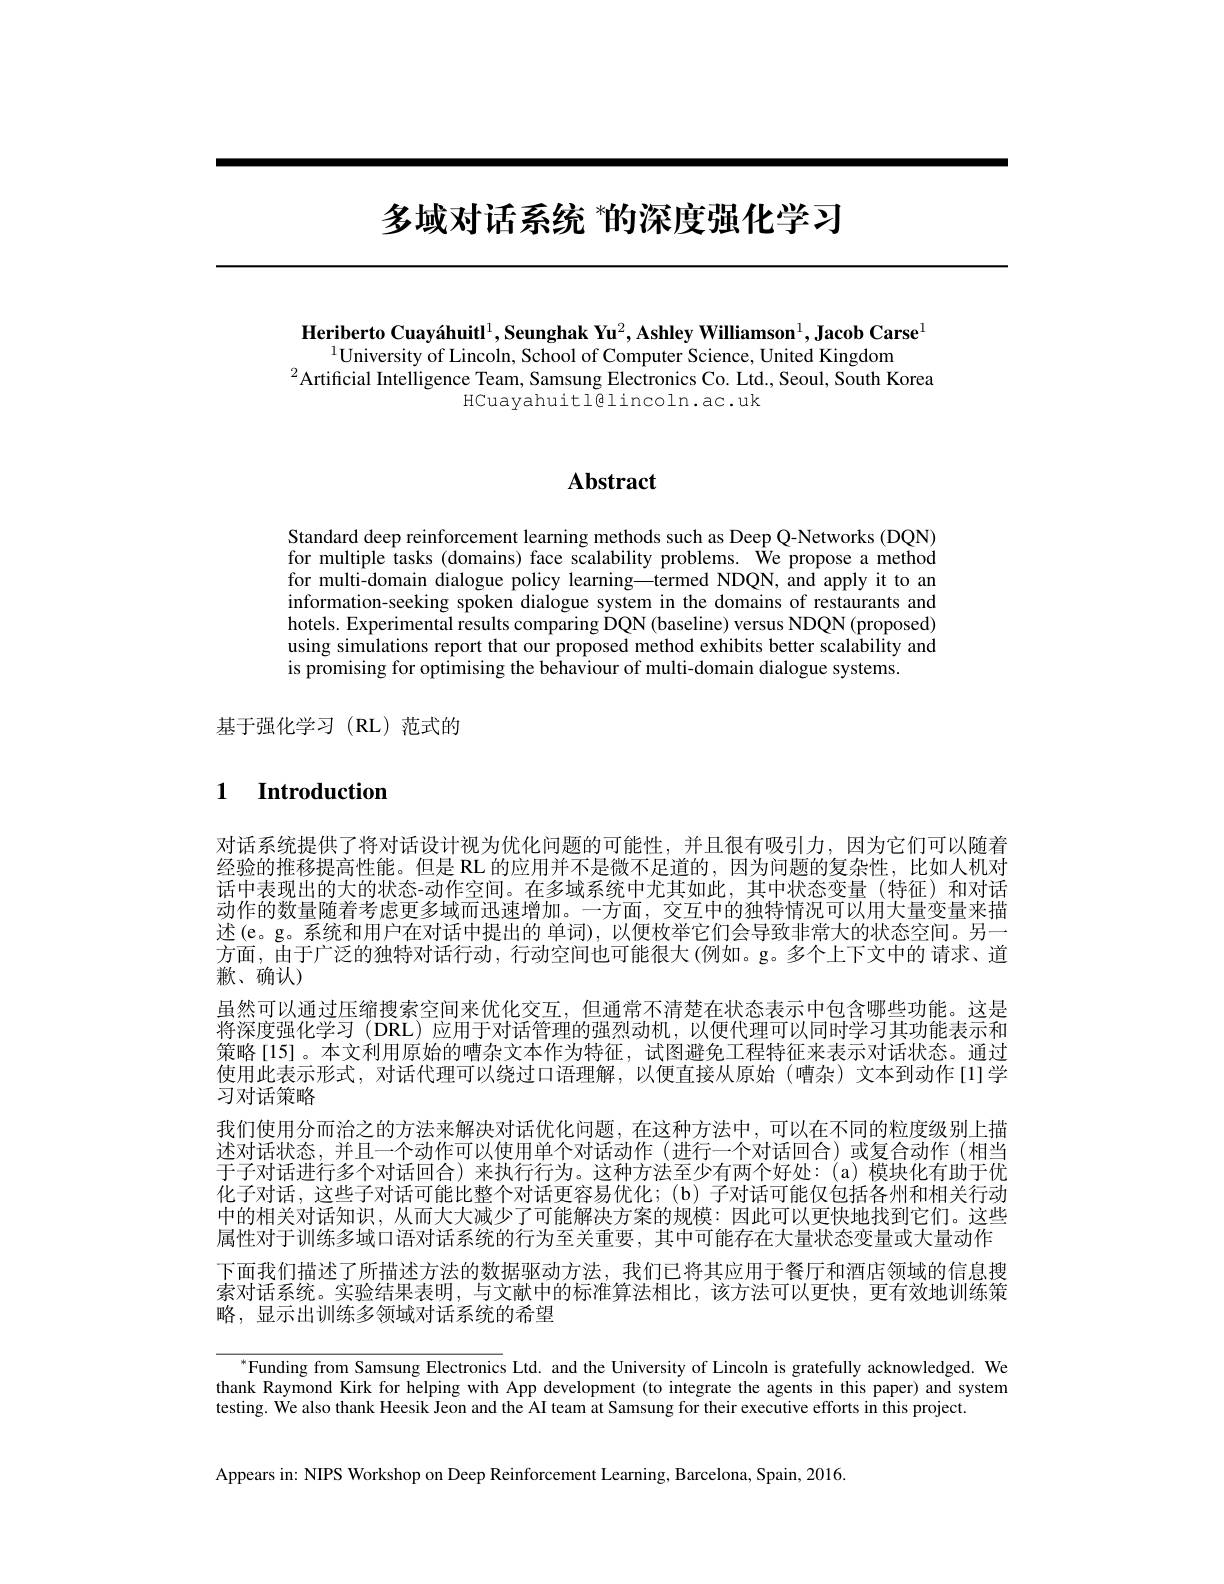
# 多域对话系统 ”的深度强化学习

Heriberto Cuayáhuitl$^1,\textbf{Seunghak Yu}^2,\textbf{Ashley Williamson}^1,\textbf{Jacob Carse}^1$
$^{1}$University of Lincoln, School of Computer Science, United Kingdom
$^{2}$Artificial Intelligence Team, Samsung Electronics Co. Ltd. , Seoul, South Korea
HCuayahuitl@lincoln.ac.uk

# Abstract

Standard deep reinforcement learning methods such as Deep Q-Networks (DQN) for multiple tasks (domains) face scalability problems. Ôe propose a method for multi-domain dialogue policy learning—termed NDQN, and apply it to an information-seeking spoken dialogue system in the domains of restaurants and hotels. Experimental results comparing DQN (baseline) versus NDQN (proposed) using simulations report that our proposed method exhibits better scalability and is promising for optimising the behaviour of multi-domain dialogue systems.

基于强化学习(RL)范式的

## $\textbf{1}$ $\textbf{Introduction}$

对话系统提供了将对话设计视为优化问题的可能性，并且很有吸引力，因为它们可以随着经验的推移提高性能。但是 RL 的应用并不是微不足道的，因为问题的复杂性，比如人机对话中表现出的大的状态-动作空间。在多域系统中尤其如此，其中状态变量(特征)和对话动作的数量随着考虑更多域而迅速增加。一方面，交互中的独特情况可以用大量变量来描述(e。g。系统和用户在对话中提出的 单词),以便枚举它们会导致非常大的状态空间。另一方面，由于广泛的独特对话行动，行动空间也可能很大(例如。g。多个上下文中的 请求、道歉、确认)
虽然可以通过压缩搜索空间来优化交互，但通常不清楚在状态表示中包含哪些功能。这是将深度强化学习 (DRL)应用于对话管理的强烈动机，以便代理可以同时学习其功能表示和策略[15]。本文利用原始的嘈杂文本作为特征，试图避免工程特征来表示对话状态。通过使用此表示形式，对话代理可以绕过口语理解，以便直接从原始(嘈杂)文本到动作[1]学习对话策略
我们使用分而治之的方法来解决对话优化问题，在这种方法中，可以在不同的粒度级别上描述对话状态，并且一个动作可以使用单个对话动作(进行一个对话回合)或复合动作(相当于子对话进行多个对话回合)来执行行为。这种方法至少有两个好处：(a)模块化有助于优化子对话，这些子对话可能比整个对话更容易优化；(b) 子对话可能仅包括各州和相关行动中的相关对话知识，从而大大减少了可能解决方案的规模：因此可以更快地找到它们。这些属性对于训练多域口语对话系统的行为至关重要，其中可能存在大量状态变量或大量动作下面我们描述了所描述方法的数据驱动方法，我们已将其应用于餐厅和酒店领域的信息搜索对话系统。实验结果表明，与文献中的标准算法相比，该方法可以更快，更有效地训练策略，显示出训练多领域对话系统的希望

$^{*}$Funding from Samsung Electronics Ltd. and the University of Lincoln is gratefully acknowledged. We thank Raymond Kirk for helping with App development (to integrate the agents in this paper) and system testing. $\dot{\text{We also thank Heesik Jeon and the AI team at Samsung for their executive efforts in this project.}}$

Appears in: NIPS Workshop on Deep Reinforcement Learning, Barcelona, Spain, 2016.